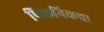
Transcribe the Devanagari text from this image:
पिकनिकचा